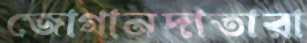
জোগানদাতারা